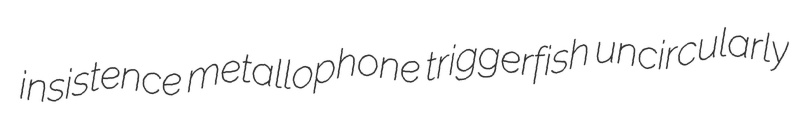
insistence metallophone triggerfish uncircularly